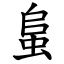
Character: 蛗